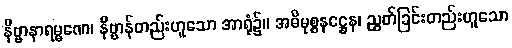
နိဗ္ဗာနာရမ္မဏေ၊ နိဗ္ဗာန်တည်းဟူသော အာရုံ၌။ အဓိမုစ္စနဋ္ဌေန၊ ညွတ်ခြင်းတည်းဟူသော